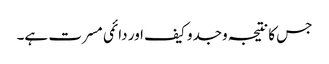
جس کا نتیجہ وجدو کیف اور دائمی مسرت ہے۔